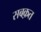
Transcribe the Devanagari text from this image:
सबक़त